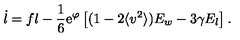
\dot { l } = f l - \frac { 1 } { 6 } \mathrm { e } ^ { \varphi } \left[ ( 1 - 2 \langle v ^ { 2 } \rangle ) E _ { w } - 3 \gamma E _ { l } \right] .